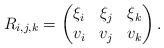
LaTeX: \begin{align*} R_{i,j,k}=\begin{pmatrix}\xi_i & \xi_j &\xi_k\\ v_i & v_j & v_k \end{pmatrix}.\end{align*}